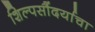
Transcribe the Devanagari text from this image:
शिल्पसौंदर्याचा